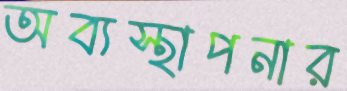
অব্যস্থাপনার